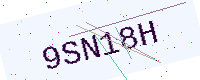
Text: 9SN18H